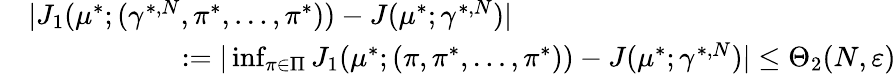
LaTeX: \begin{array}{rl}&{|J_{1}(\mu^{*};(\gamma^{*,N},\pi^{*},\ldots,\pi^{*}))-J(\mu^{*};\gamma^{*,N})|}\\ &{\phantom{xxxxxxxxx}:=|\operatorname*{inf}_{\pi\in\Pi}J_{1}(\mu^{*};(\pi,\pi^{*},\ldots,\pi^{*}))-J(\mu^{*};\gamma^{*,N})|\leq\Theta_{2}(N,\varepsilon)}\end{array}